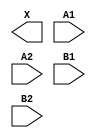
module sky130_fd_sc_hvl__a22o (
    X ,
    A1,
    A2,
    B1,
    B2
);

    output X ;
    input  A1;
    input  A2;
    input  B1;
    input  B2;

    // Voltage supply signals
    supply1 VPWR;
    supply0 VGND;
    supply1 VPB ;
    supply0 VNB ;

endmodule